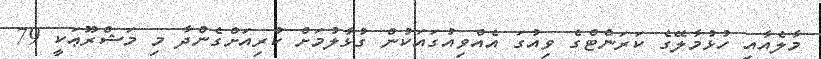
މާލެއާއި ހުޅުމާލޭގެ ކަރަންޓްގެ ވިއުގަ އެއްވިއުގައަކުން ގުޅާލުމަށް ކުރިއަށްގެންދާ މި މަޝްރޫޢަކީ 79